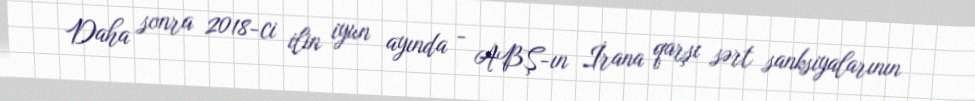
Daha sonra 2018-ci ilin iyun ayında - ABŞ-ın İrana qarşı sərt sanksiyalarının